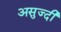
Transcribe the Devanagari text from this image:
असुज्दी